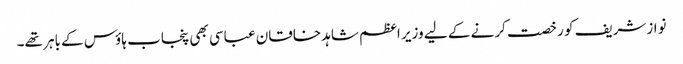
نوازشریف کو رخصت کرنے کے لیے وزیر اعظم شاہد خاقان عباسی بھی پنجاب ہاؤس کے باہر تھے۔